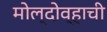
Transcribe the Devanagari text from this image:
मोल्दोव्हाची